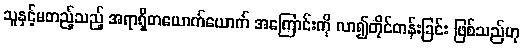
သူနှင့်မတည့်သည့် အရာရှိတယောက်ယောက် အကြောင်းကို လာ၍တိုင်တန်းခြင်း ဖြစ်သည်ဟု